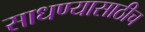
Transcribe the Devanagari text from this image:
साधण्यासाठीच